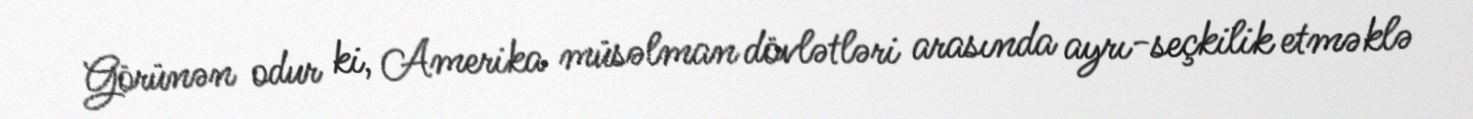
Görünən odur ki, Amerika müsəlman dövlətləri arasında ayrı-seçkilik etməklə